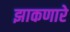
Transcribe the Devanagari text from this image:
झाकणारे